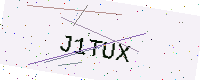
Text: J1TUX